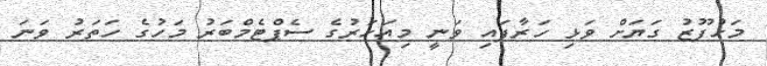
މަހުފޫޒު ގަޔަަށް ވަޅި ހަރާފައި ވަނީ މިއަހަރުގެ ސެޕްޓެމްބަރު މަހުގެ ހަތަރު ވަނަ